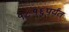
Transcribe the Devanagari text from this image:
१८१६पर्यंत